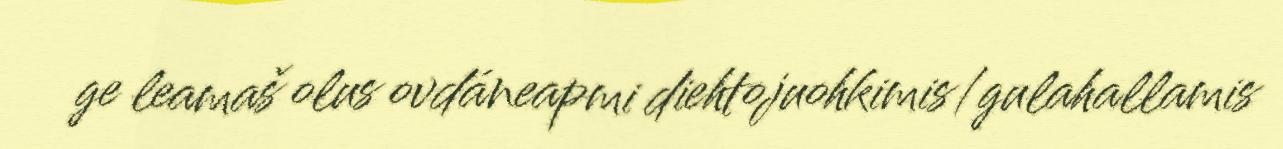
ge leamaš olus ovdáneapmi diehtojuohkimis/gulahallamis